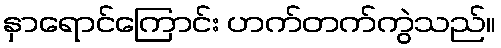
နှာရောင်ကြောင်း ဟက်တက်ကွဲသည်။